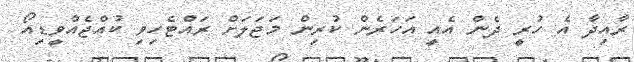
ރާއިދާ އެ ހުރީ ދެން އެއީ އަހަރެން ކުރިން މަޖަލަށް ރައްޓެހިވި ކުއްޖެއްވީޑިއޯ